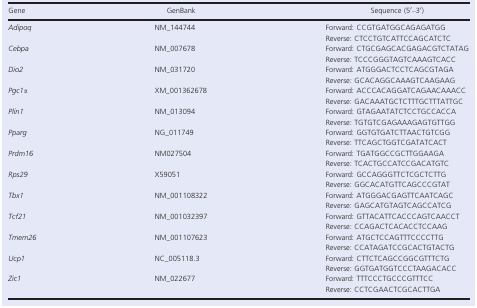
<table><thead><tr><td><b>Gene</b></td><td><b>GenBank</b></td><td><b>Sequence (5′–3′)</b></td></tr></thead><tbody><tr><td rowspan="2"><i>Adipoq</i></td><td rowspan="2">NM_144744</td><td>Forward: CCGTGATGGCAGAGATGG</td></tr><tr><td>Reverse: CTCCTGTCATTCCAGCATCTC</td></tr><tr><td rowspan="2"><i>Cebpa</i></td><td rowspan="2">NM_007678</td><td>Forward: CTGCGAGCACGAGACGTCTATAG</td></tr><tr><td>Reverse: TCCCGGGTAGTCAAAGTCACC</td></tr><tr><td rowspan="2"><i>Dio2</i></td><td rowspan="2">NM_031720</td><td>Forward: ATGGGACTCCTCAGCGTAGA</td></tr><tr><td>Reverse: GCACAGGCAAAGTCAAGAAG</td></tr><tr><td rowspan="2"><i>Pgc1α</i></td><td rowspan="2">XM_001362678</td><td>Forward: ACCCACAGGATCAGAACAAACC</td></tr><tr><td>Reverse: GACAAATGCTCTTTGCTTTATTGC</td></tr><tr><td rowspan="2"><i>Plin1</i></td><td rowspan="2">NM_013094</td><td>Forward: GTAGAATATCTCCTGCCACCA</td></tr><tr><td>Reverse: TGTGTCGAGAAAGAGTGTTGG</td></tr><tr><td rowspan="2"><i>Pparg</i></td><td rowspan="2">NG_011749</td><td>Forward: GGTGTGATCTTAACTGTCGG</td></tr><tr><td>Reverse: TTCAGCTGGTCGATATCACT</td></tr><tr><td rowspan="2"><i>Prdm16</i></td><td rowspan="2">NM027504</td><td>Forward: TGATGGCCGCTTGGAAGA</td></tr><tr><td>Reverse: TCACTGCCATCCGACATGTC</td></tr><tr><td rowspan="2"><i>Rps29</i></td><td rowspan="2">X59051</td><td>Forward: GCCAGGGTTCTCGCTCTTG</td></tr><tr><td>Reverse: GGCACATGTTCAGCCCGTAT</td></tr><tr><td rowspan="2"><i>Tbx1</i></td><td rowspan="2">NM_001108322</td><td>Forward: ATGGGACGAGTTCAATCAGC</td></tr><tr><td>Reverse: GAGCATGTAGTCAGCCATCG</td></tr><tr><td rowspan="2"><i>Tcf21</i></td><td rowspan="2">NM_001032397</td><td>Forward: GTTACATTCACCCAGTCAACCT</td></tr><tr><td>Reverse: CCAGACTCACACCTCCAAG</td></tr><tr><td rowspan="2"><i>Tmem26</i></td><td rowspan="2">NM_001107623</td><td>Forward: ATGCTCCAGTTTCCCCTTG</td></tr><tr><td>Reverse: CCATAGATCCGCACTGTACTG</td></tr><tr><td rowspan="2"><i>Ucp1</i></td><td rowspan="2">NC_005118.3</td><td>Forward: CTTCTCAGCCGGCGTTTCTG</td></tr><tr><td>Reverse: GGTGATGGTCCCTAAGACACC</td></tr><tr><td rowspan="2"><i>Zic1</i></td><td rowspan="2">NM_022677</td><td>Forward: TTTCCCTGCCCGTTTCC</td></tr><tr><td>Reverse: CCTCGAACTCGCACTTGA</td></tr></tbody></table>